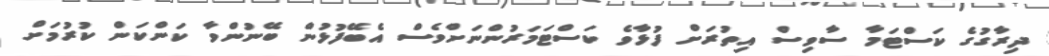
ދިރާގުގެ ކަސްޓަމާ ސާވިސް އިތުރަށް ފުޅާވެ ކަސްޓަމަރުންނަށްވެސް އެބޭފުޅުން ބޭނުންވާ ކަންކަން ކުރުމަށް